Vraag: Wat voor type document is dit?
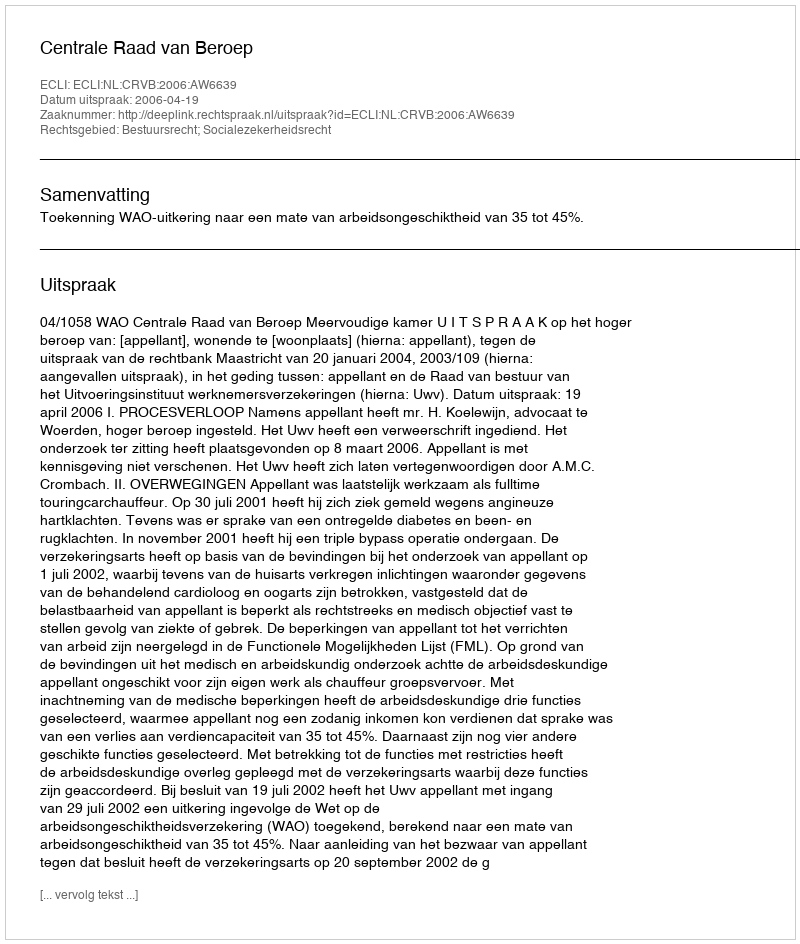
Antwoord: Uitspraak